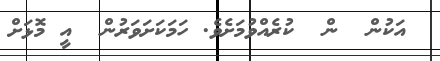
އަކުން  ން  ކުރެއްވުމަށެވެ. ހަމަކަށަވަރުން  އީ މޮޅަށް